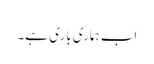
اب ہماری باری ہے۔